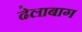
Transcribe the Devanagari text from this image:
ढेलाबाग